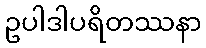
ဥပါဒါပရိတဿနာ